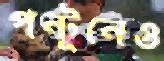
পন্টুনেও